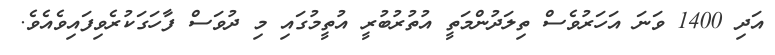
އަދި 1400 ވަނަ އަހަރުވެސް ތިލަދުންމަތީ އުތުރުބުރީ އުތީމުގައި މި ދުވަސް ފާހަގަކުރެވިފައިވެއެވެ.